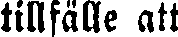
tillfälle att